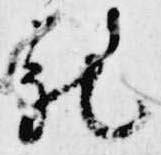
被